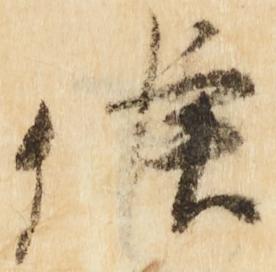
候